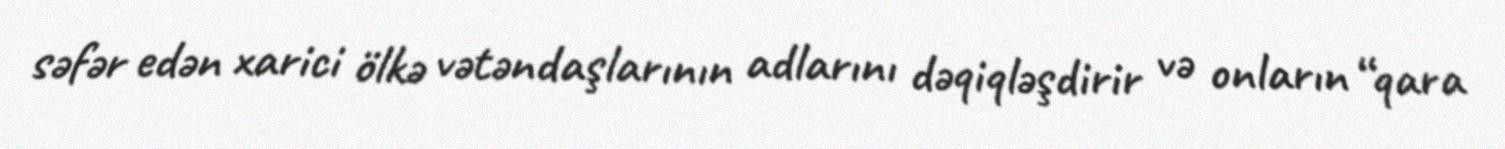
səfər edən xarici ölkə vətəndaşlarının adlarını dəqiqləşdirir və onların “qara